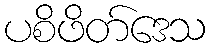
ပစိဖိတ်ဒေသ